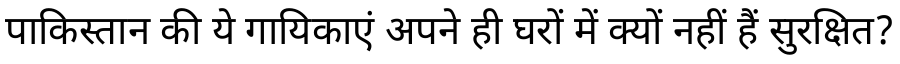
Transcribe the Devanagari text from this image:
पाकिस्तान की ये गायिकाएं अपने ही घरों में क्यों नहीं हैं सुरक्षित?